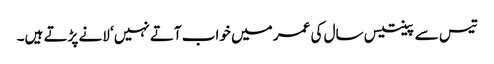
تیس سے پینتیس سال کی عمر میں خواب آتے نہیں‘ لانے پڑتے ہیں۔